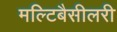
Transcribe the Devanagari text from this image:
मल्टिबैसीलरी